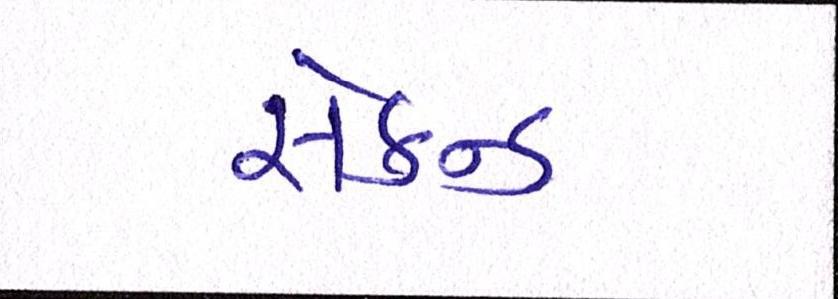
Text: સેકન્ડ